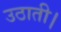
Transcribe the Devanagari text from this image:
उठाती।